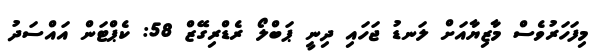
މިފަހަރުވެސް މާޒިޔާއަށް ލަނޑު ޖަހައި ދިނީ ޕަބްލޯ ރެޑްރިގޭޒް 58: ކެޕްޓަން އައްސަދު